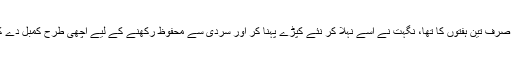
ایک دن جب فیاض صرف تین ہفتوں کا تھا، نگہت نے اسے نہلا کر نئے کپڑے پہنا کر اور سردی سے محفوظ رکھنے کے لیے اچھی طرح کمبل دے کر بستر پر سلا دیا۔